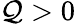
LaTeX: \mathcal{Q}>0